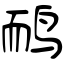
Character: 鸸